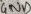
Text: GND